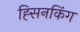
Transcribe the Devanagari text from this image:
ह्सिनकिंग